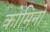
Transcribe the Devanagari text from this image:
कोमिनो